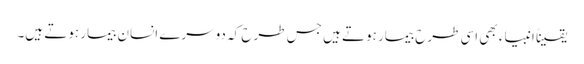
یقیناً انبیاء بھی اسی طرح بیمار ہوتے ہیں جس طرح کہ دوسرے انسان بیمار ہوتے ہیں۔